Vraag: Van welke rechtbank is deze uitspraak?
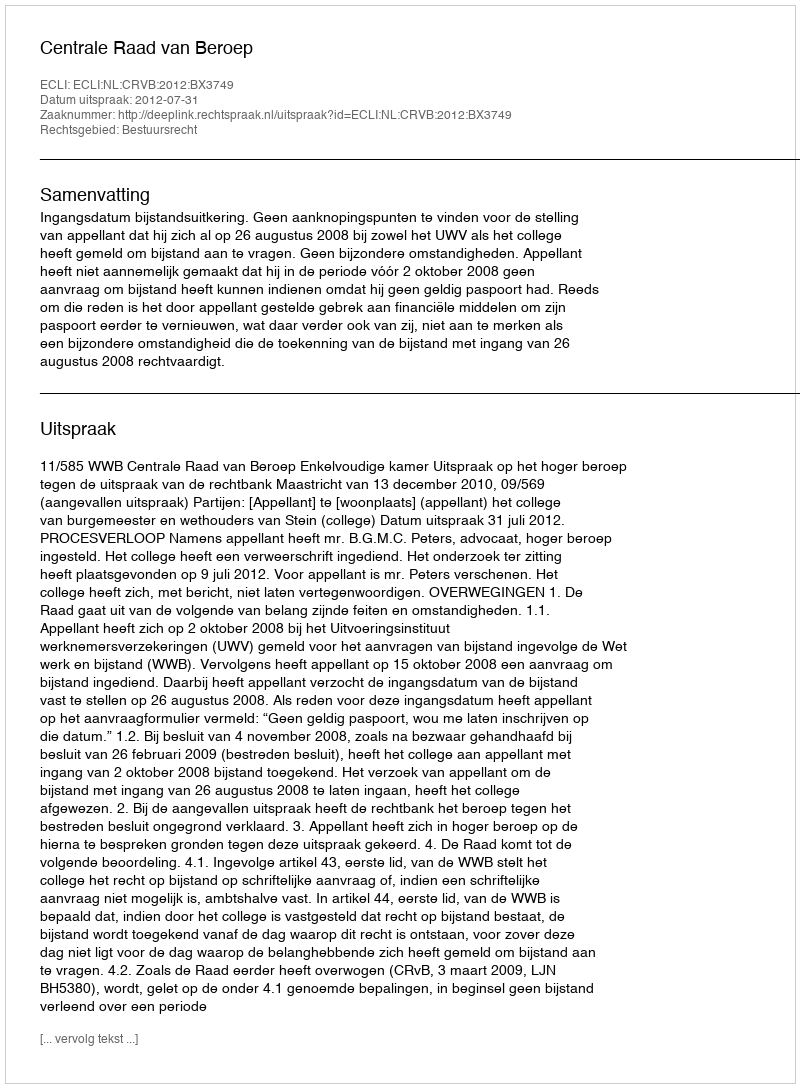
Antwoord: Centrale Raad van Beroep